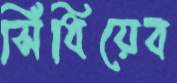
সিঁধিয়েব